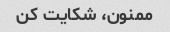
ممنون، شکایت کن